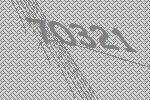
70321